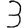
Digit: 3